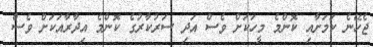
ޖެހޭނެ ކަމަށާއި ކޮންމެ މީހަކަށް ވެސް އަދި ސަރުކާރުގެ ކޮންމެ އިދާރާއަކަށް ވެސް